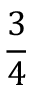
\frac 3 4